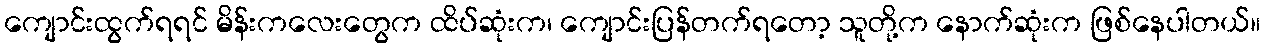
ကျောင်းထွက်ရရင် မိန်းကလေးတွေက ထိပ်ဆုံးက၊ ကျောင်းပြန်တက်ရတော့ သူတို့က နောက်ဆုံးက ဖြစ်နေပါတယ်။